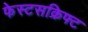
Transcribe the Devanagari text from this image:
फेस्टसक्रिफ्ट